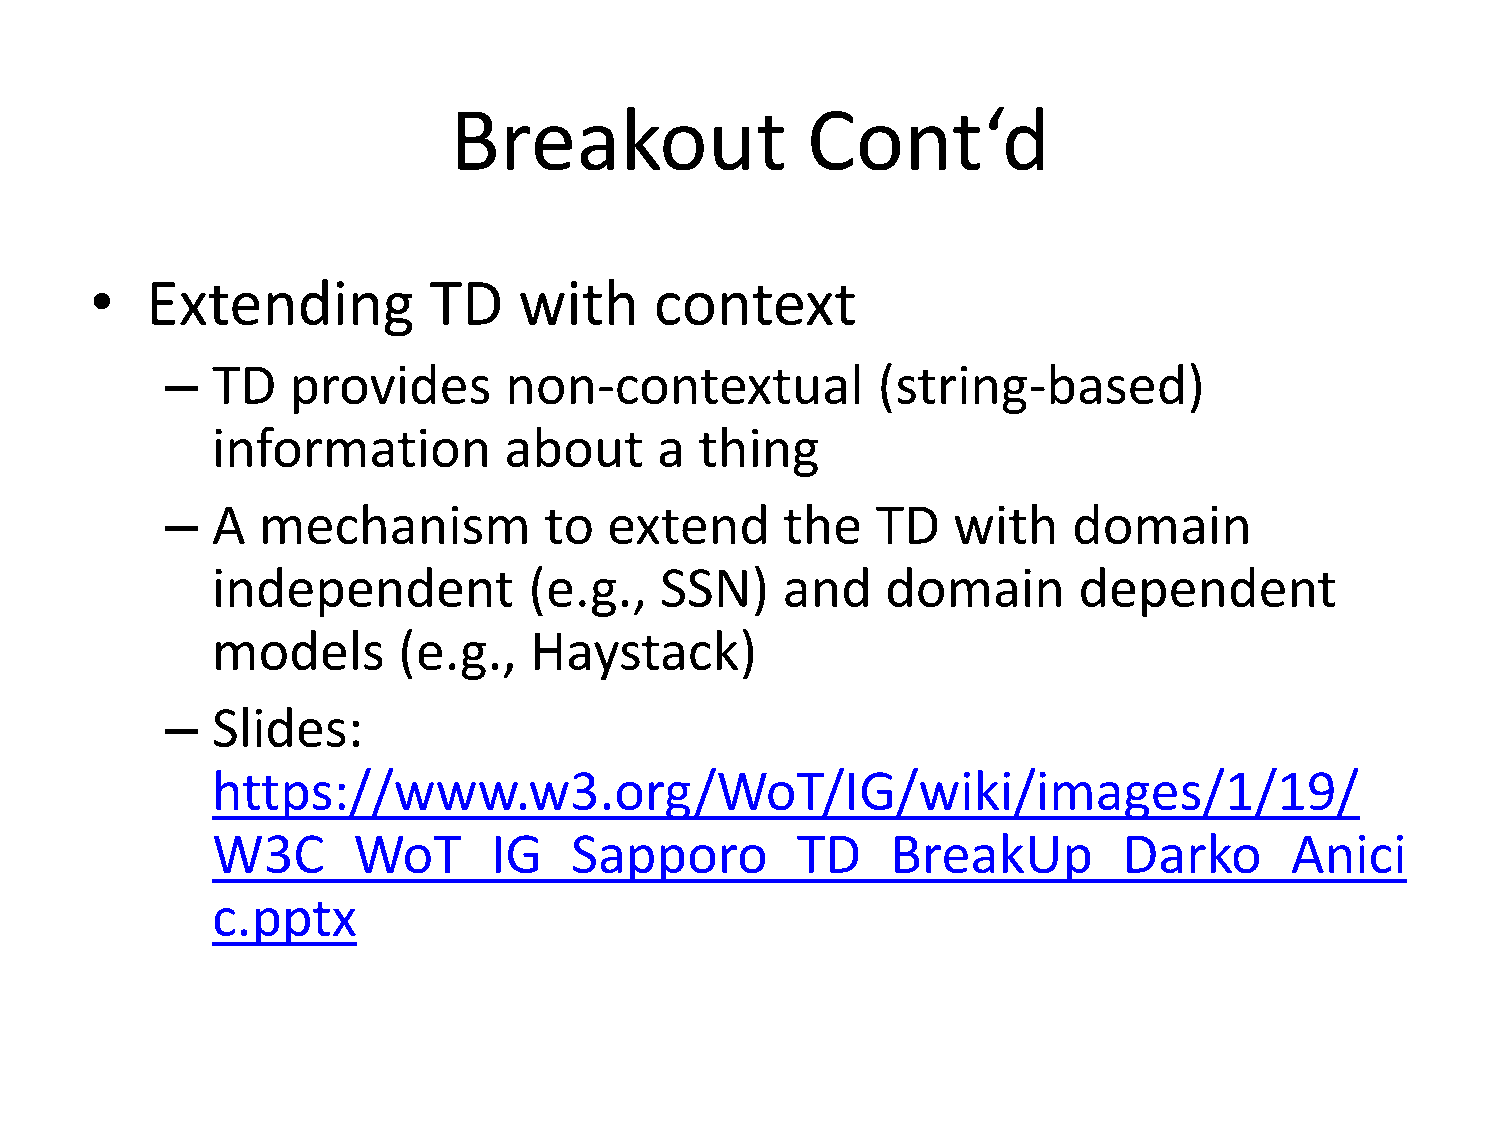
Breakout               Cont‘d
 •   Extending         TD    with     context
 –  TD   provides      non-contextual           (string-based)
 information        about      a thing
 –  A  mechanism          to  extend      the   TD   with    domain
 independent          (e.g.,   SSN)    and    domain      dependent
 models      (e.g.,   Haystack)
 –  Slides:
 https://www.w3.org/WoT/IG/wiki/images/1/19/
 W3C_WoT_IG_Sapporo_TD_BreakUp_Darko_Anici
 c.pptx